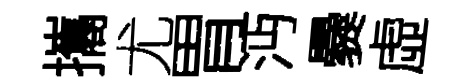
攜尤胃沔爨虛